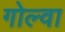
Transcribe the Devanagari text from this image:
गोल्वा